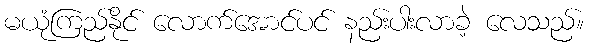
မယုံကြည်နိုင် လောက်အောင်ပင် နည်းပါးလာခဲ့ လေသည်။